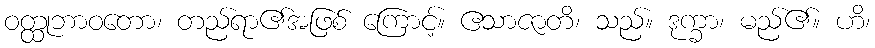
ဝတ္ထုဘာဝတော၊ တည်ရာ၏အဖြစ် ကြောင့်။ ဧသာဇာတိ၊ သည်။ ဒုက္ခာ၊ မည်၏။ ဟိ၊